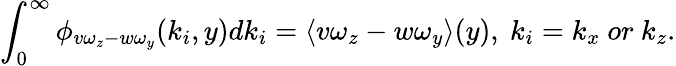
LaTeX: \int_{0}^{\infty}\phi_{v\omega_{z}-w\omega_{y}}(k_{i},y)dk_{i}=\langle v\omega_{z}-w\omega_{y}\rangle(y),\ k_{i}=k_{x}\ or\ k_{z}.